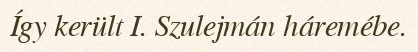
Így került I. Szulejmán háremébe.